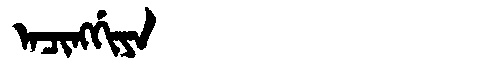
Manchu: ᠠᠴᡳᠩᡤᡳᠶᠠ
Romanization: ACINGGIYA